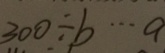
3 0 0 \div b \cdots a